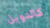
كالدويل